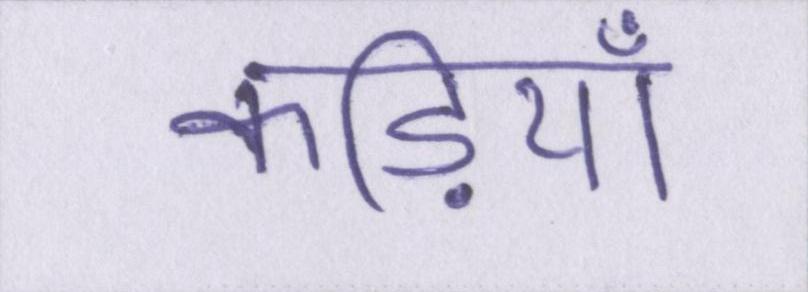
कड़ियाँ